Report on malaria in the Punjab during the year ...  together with an account of the work of the Punjab Malaria Bureau - Volume 6
Disease focus: Malaria
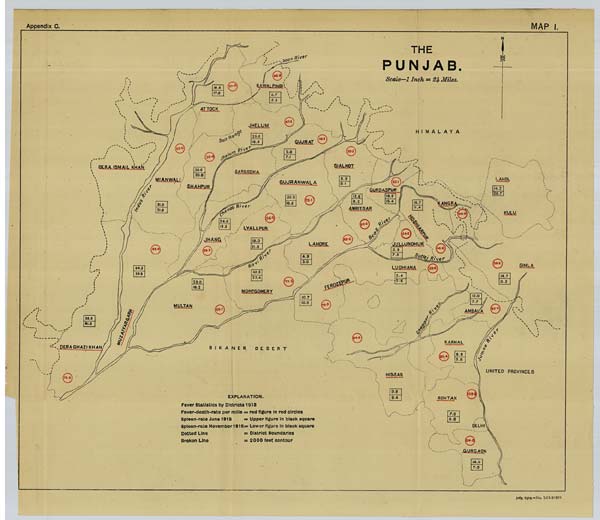
Appendix C.
MAP I.
July, 1919.-No. 5265=359